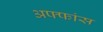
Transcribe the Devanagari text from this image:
अफ्फांस